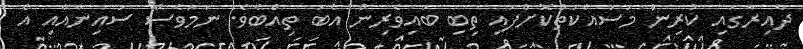
ދާއިރާގައި ކުރިން މަސައްކަތްކޮށްފައި ތިބި ބައިވެރިން އެބަ ތިއްބެވެ. ނަމަވެސް ސައިނާއާއި އެ